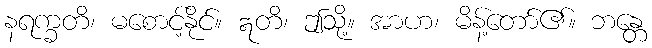
နရက္ခတိ၊ မစောင့်နိုင်။ ဣတိ၊ ဤသို့။ အာဟ၊ မိန့်တော်၏။ ဘန္တေ